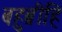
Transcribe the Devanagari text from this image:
बहुब्रीहि